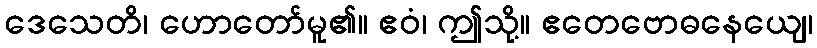
ဒေသေတိ၊ ဟောတော်မူ၏။ ဧဝံ၊ ဤသို့။ ဧတေဗောဓနေယျေ၊